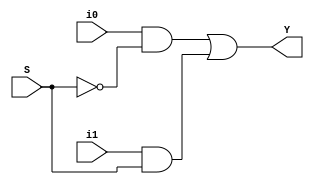
module Mux_2X1(i0,i1,S,Y);
 input i0,i1,S;
 output Y;

 and gate1 (w1,i0,~S);
 and gate2 (w2,i1,S);

 or  gate3 (Y,w1,w2);

endmodule